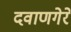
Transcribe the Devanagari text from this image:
दवाणगेरे